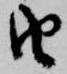
由